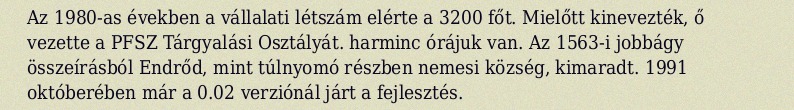
Az 1980-as években a vállalati létszám elérte a 3200 főt. Mielőtt kinevezték, ő vezette a PFSZ Tárgyalási Osztályát. harminc órájuk van. Az 1563-i jobbágy összeírásból Endrőd, mint túlnyomó részben nemesi község, kimaradt. 1991 októberében már a 0.02 verziónál járt a fejlesztés.